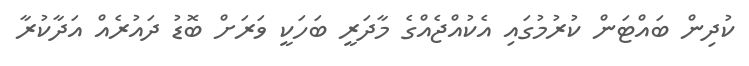
ކުދިން ބައްޓަން ކުރުމުގައި އެކުއްޖެއްގެ މާދަރީ ބަހަކީ ވަރަށް ބޮޑު ދައުރެއް އަދާކުރާ